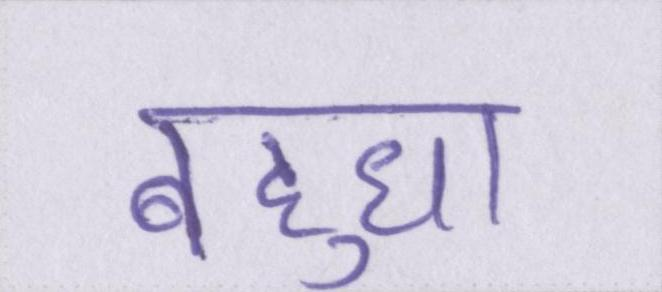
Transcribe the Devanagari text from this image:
बहुधा